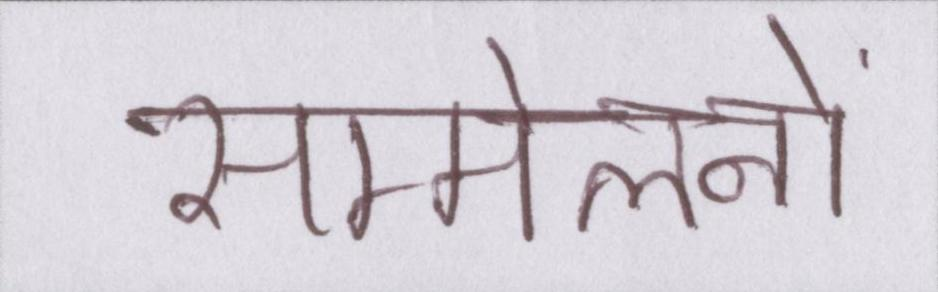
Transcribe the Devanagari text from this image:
सम्मेलनों